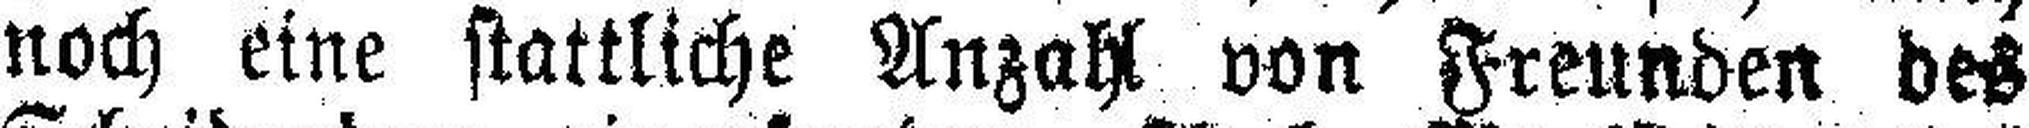
noch eine stattliche Anzahl von Freunden des